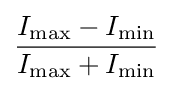
{\frac {I_{\mathrm {max} }-I_{\mathrm {min} }}{I_{\mathrm {max} }+I_{\mathrm {min} }}}